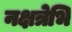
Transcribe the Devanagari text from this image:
नक्षत्रेभि